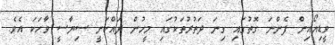
ވީޑިއޯއިން ފެންނަ ގޮތުގައި ގިނަ ދަތުރުތަކުގައި މީހުން ދައްކަނީ ސިޔާސީ ވާހަކަ އެވެ.